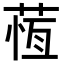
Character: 𦵕